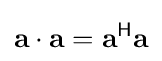
\mathbf {a} \cdot \mathbf {a} =\mathbf {a} ^{\mathsf {H}}\mathbf {a}